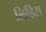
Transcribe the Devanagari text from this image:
लिडिसे